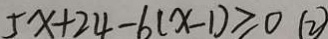
5 x + 2 4 - 6 ( x - 1 ) \geq 0 ( 2 )